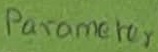
Text: Parameter